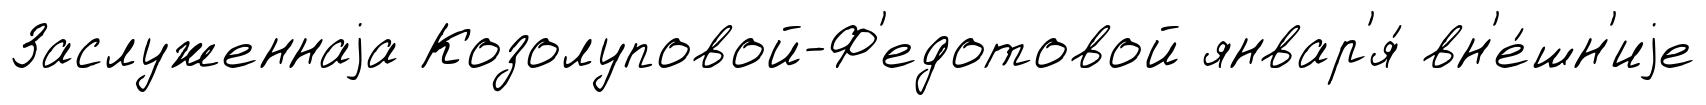
Заслуженнаjа Козолуповой-Ф'едотовой январ'я́ вн'е́шн'иjе